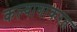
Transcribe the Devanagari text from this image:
कल्याणाकरत